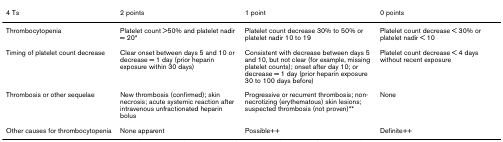
<table><thead><tr><td><b>4 Ts</b></td><td><b>2 points</b></td><td><b>1 point</b></td><td><b>0 points</b></td></tr></thead><tbody><tr><td>Thrombocytopenia</td><td>Platelet count &gt;50% and platelet nadir = 20*</td><td>Platelet count decrease 30% to 50% or platelet nadir 10 to 19</td><td>Platelet count decrease &lt; 30% or platelet nadir &lt; 10</td></tr><tr><td>Timing of platelet count decrease</td><td>Clear onset between days 5 and 10 or decrease = 1 day (prior heparin exposure within 30 days)</td><td>Consistent with decrease between days 5 and 10, but not clear (for example, missing platelet counts); onset after day 10; or decrease = 1 day (prior heparin exposure 30 to 100 days before)</td><td>Platelet count decrease &lt; 4 days without recent exposure</td></tr><tr><td>Thrombosis or other sequelae</td><td>New thrombosis (confirmed); skin necrosis; acute systemic reaction after intravenous unfractionated heparin bolus</td><td>Progressive or recurrent thrombosis; non-necrotizing (erythematous) skin lesions; suspected thrombosis (not proven)**</td><td>None</td></tr><tr><td>Other causes for thrombocytopenia</td><td>None apparent</td><td>Possible++</td><td>Definite++</td></tr></tbody></table>